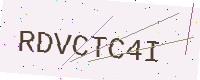
Text: RDVCTC4I